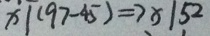
x \vert ( 9 7 - 4 5 ) \Rightarrow x \vert 5 2